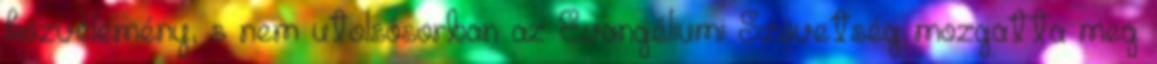
közvélemény, s nem utolsósorban az Evangéliumi Szövetség mozgatta meg